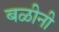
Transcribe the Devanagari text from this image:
बळीनी